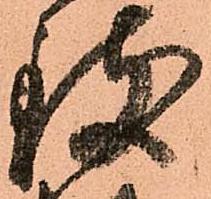
致